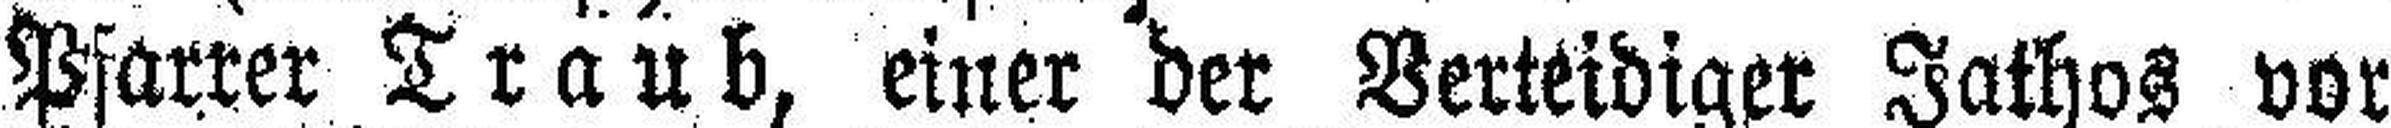
Pfarrer Traub, einer der Verteidiger Jathos vor